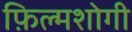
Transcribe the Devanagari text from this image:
फ़िल्मशोगी